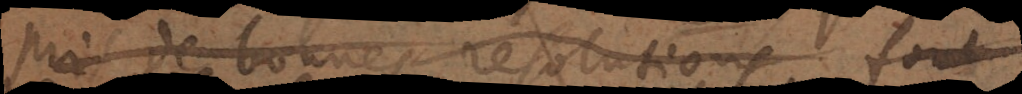
pris de bonnes resolutions sont